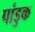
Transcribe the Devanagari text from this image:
पांडुक